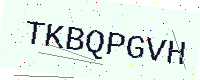
Text: TKBQPGVH